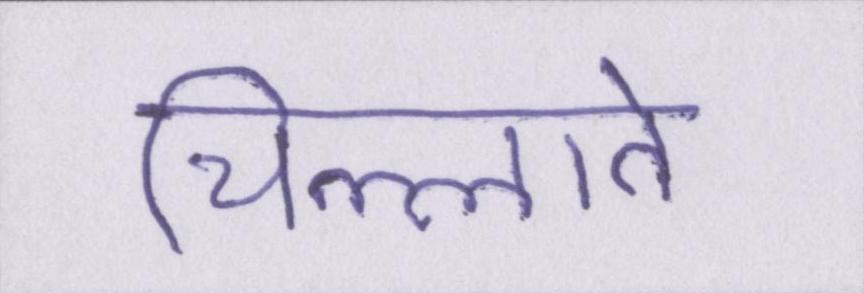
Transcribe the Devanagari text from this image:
चिल्लाते